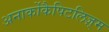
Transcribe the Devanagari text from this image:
अनार्कोकैपिटलिज़्म